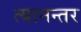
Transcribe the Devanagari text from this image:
त्यानन्तर